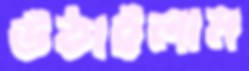
উঠাইলাম